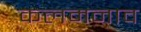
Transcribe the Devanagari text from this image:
कलमनाव